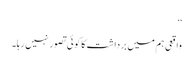
‘‘
واقعی ہم میں برداشت کا کوئی تصور نہیں رہا۔